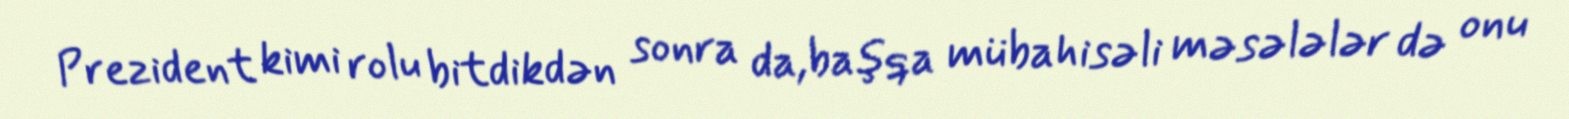
Prezident kimi rolu bitdikdən sonra da,başqa mübahisəli məsələlər də onu